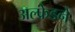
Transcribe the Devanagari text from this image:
अल्फ्रेडने